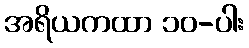
အရိယကထာ ၁၀-ပါး